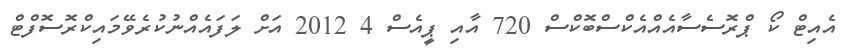
އެއިޓް ކޯ ޕްރޮސެސާއެއްއެކްސްބޮކްސް 720 އާއި ޕީއެސް 4 2012 އަށް ލަފައެއްނުކުރެވޭމައިކްރޮސޮފްޓް